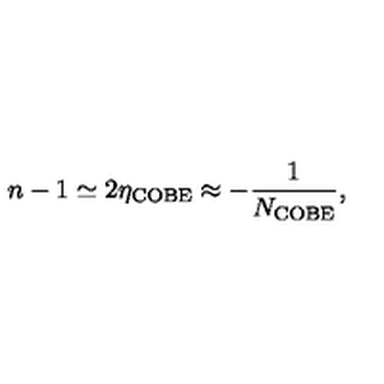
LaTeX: n - 1 \simeq 2 \eta _ { \mathrm { C O B E } } \approx - \frac { 1 } { N _ { \mathrm { C O B E } } } ,